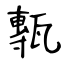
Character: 甎